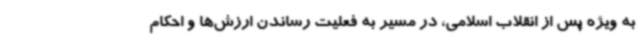
به ویژه پس از انقلاب اسلامی، در مسیر به فعلیت رساندن ارزش‌ها و احکام